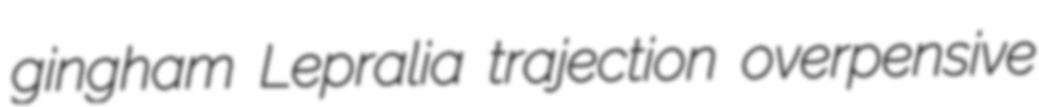
gingham Lepralia trajection overpensive